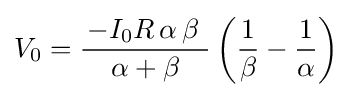
V_{0}={\frac {\,-I_{0}R\,\alpha \,\beta ~}{\alpha +\beta }}\left({\frac {1}{\beta }}-{\frac {1}{\alpha }}\right)